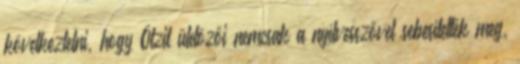
következtetni, hogy Ötzit üldözői nemcsak a nyílvesszővel sebesítették meg,